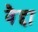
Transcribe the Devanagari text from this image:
वैद्दा